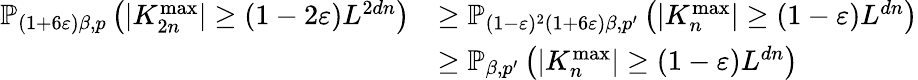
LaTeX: \begin{array}{rl}{\mathbb{P}_{(1+6\varepsilon)\beta,p}\left(|K_{2n}^{\mathrm{max}}|\geq(1-2\varepsilon)L^{2dn}\right)}&{\geq\mathbb{P}_{(1-\varepsilon)^{2}(1+6\varepsilon)\beta,p^{\prime}}\left(|K_{n}^{\mathrm{max}}|\geq(1-\varepsilon)L^{dn}\right)}\\ &{\geq\mathbb{P}_{\beta,p^{\prime}}\left(|K_{n}^{\mathrm{max}}|\geq(1-\varepsilon)L^{dn}\right)}\end{array}